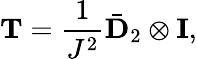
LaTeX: \mathbf{T}=\frac{1}{J^{2}}\bar{\mathbf{D}}_{2}\otimes\mathbf{I},